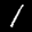
Label: 1